Reports on military cantonments and civil stations in the Presidency of Bombay inspected by the Sanitary Commissioner in the years 1875 and 1876
Year: 1875
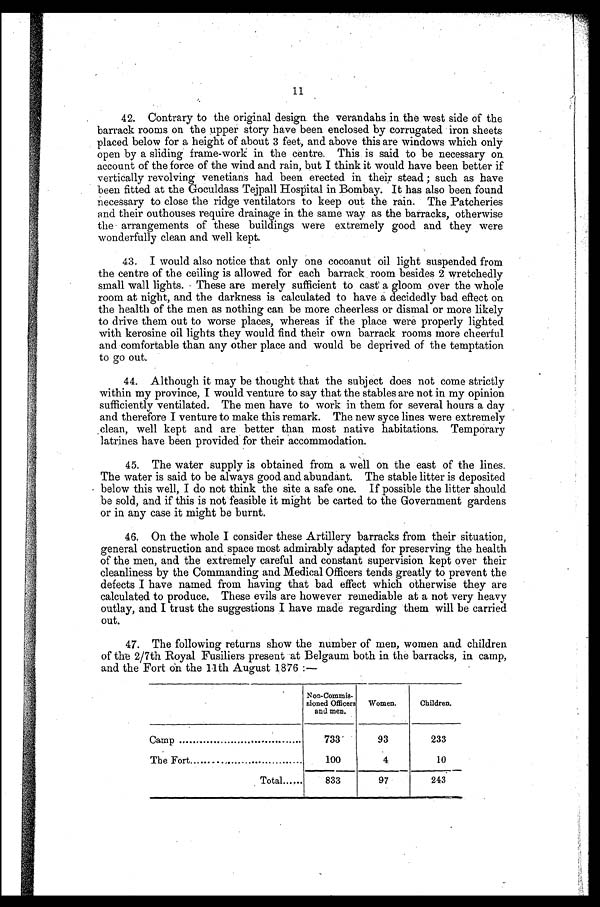
11
42. Contrary to the original design the verandahs .in. the west side of the
barrack rooms on the upper story have been enclosed by corrugated iron sheets
placed below for a height of about 3 feet, and above this are windows which only
open by a sliding frame-work in the centre. This is said to be necessary on
account of the force of the wind and rain, but I think it would have been better if
vertically revolving venetians had been erected in their stead ; such as have
been fitted at the Goculdass Tejpall Hospital in Bombay. It has also been found
necessary to close the ridge ventilators to keep out the rain. The Patcheries
and their outhouses require drainage in the same way as the barracks, otherwise
the arrangements of these buildings were extremely good and they were
wonderfully clean and well kept.
43. I would also notice that only one cocoanut oil light suspended from
the centre of the ceiling is allowed for each barrack room besides 2 wretchedly
small wall lights. These are merely sufficient to cast a gloom over the whole
room at night, and the darkness is calculated to have a decidedly bad effect on
the health of the men as nothing can be more cheerless or dismal or more likely
to drive them out to worse places, whereas if the place were properly lighted
with kerosine oil lights they would find their own barrack rooms more cheerful
and comfortable than any other place and would be deprived of the temptation
to go out.
44. Although it may be thought that the subject does not come strictly
within my province, I would venture to say that the stables are not in my opinion
sufficiently ventilated. The men have to work in them for several hours a day
and therefore I venture to make this remark. The new syce lines were extremely
clean, well kept and are better than most native habitations. Temporary
latrines have been provided for their accommodation.
45. The water supply is obtained from a well on the east of the lines.
The water is said to be always good and abundant. The stable litter is deposited
below this well, I do not think the site a safe one. If possible the litter should
be sold, and if this is not feasible it might be carted to the Government gardens
or in any case it might be burnt.
46. On the whole I consider these Artillery barracks from their situation,
general construction and space most admirably adapted for preserving the health
of the men, and the extremely careful and constant supervision kept over their
cleanliness by the Commanding and Medical Officers tends greatly to prevent the
defects I have named from having that bad effect which otherwise they are
calculated to produce. These evils are however remediable at a not very heavy
outlay, and I trust the suggestions I have made regarding them will be carried
out.
47. The following returns show the number of men, women and children
of the 2/7th Royal Fusiliers present at Belgaum both in the barracks, in camp,
and the Fort On the 11th August 1876 : —
.
Non-Commis-
sioned Officers
and men.
Women.
Children.
Camp
733
93
233
The Fort
.
100
4
10
—
—
Total ... . ..
833
97
243